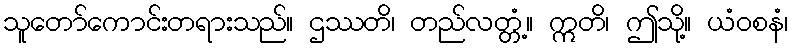
သူတော်ကောင်းတရားသည်။ ဌဿတိ၊ တည်လတ္တံ့။ ဣတိ၊ ဤသို့။ ယံဝစနံ၊